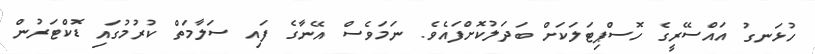
ހުޅަނގު އައްސޭރީގެ ހޮސްޕިޓަލަކަށް ބަދަލުކޮށްފައެވެ. ނަމަވެސް އޭނާގެ ފައި ސަލާމަތް ކުރުމުގައި ޑޮކްޓަރުން